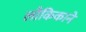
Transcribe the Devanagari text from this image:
लौकिकाने